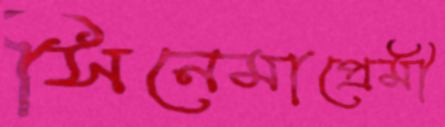
সিনেমাপ্রেমী